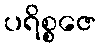
ပရိစ္စဇေ